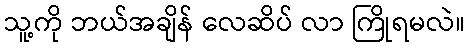
သူ့ကို ဘယ်အချိန် လေဆိပ် လာ ကြိုရမလဲ။